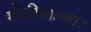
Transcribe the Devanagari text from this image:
गौरीबाळा।